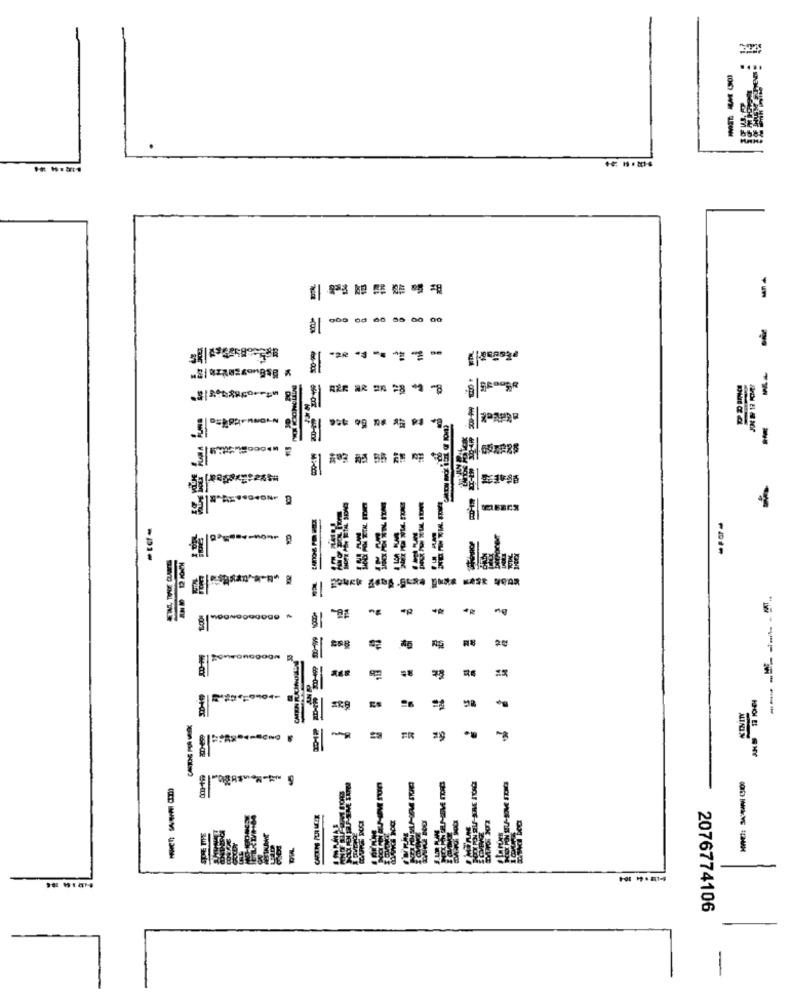
66
28
8
-
8
■8
20
=
.
---
2076774106